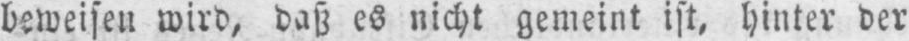
beweisen wird, daß es nicht gemeint ist, hinter der